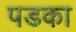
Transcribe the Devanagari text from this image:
पडका